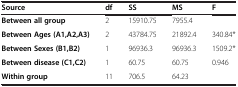
<table><thead><tr><td><b>Source</b></td><td><b>df</b></td><td><b>SS</b></td><td><b>MS</b></td><td><b>F</b></td></tr></thead><tbody><tr><td><b>Between all group</b></td><td>2</td><td>15910.75</td><td>7955.4</td><td> </td></tr><tr><td><b>Between Ages (A1,A2,A3)</b></td><td>2</td><td>43784.75</td><td>21892.4</td><td>340.84*</td></tr><tr><td><b>Between Sexes (B1,B2)</b></td><td>1</td><td>96936.3</td><td>96936.3</td><td>1509.2*</td></tr><tr><td><b>Between disease (C1,C2)</b></td><td>1</td><td>60.75</td><td>60.75</td><td>0.946</td></tr><tr><td><b>Within group</b></td><td>11</td><td>706.5</td><td>64.23</td><td> </td></tr></tbody></table>